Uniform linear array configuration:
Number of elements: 16
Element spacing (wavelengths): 0.25
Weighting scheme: hann
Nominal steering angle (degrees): -15
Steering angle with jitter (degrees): -16.01
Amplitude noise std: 0.05
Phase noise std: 0.05

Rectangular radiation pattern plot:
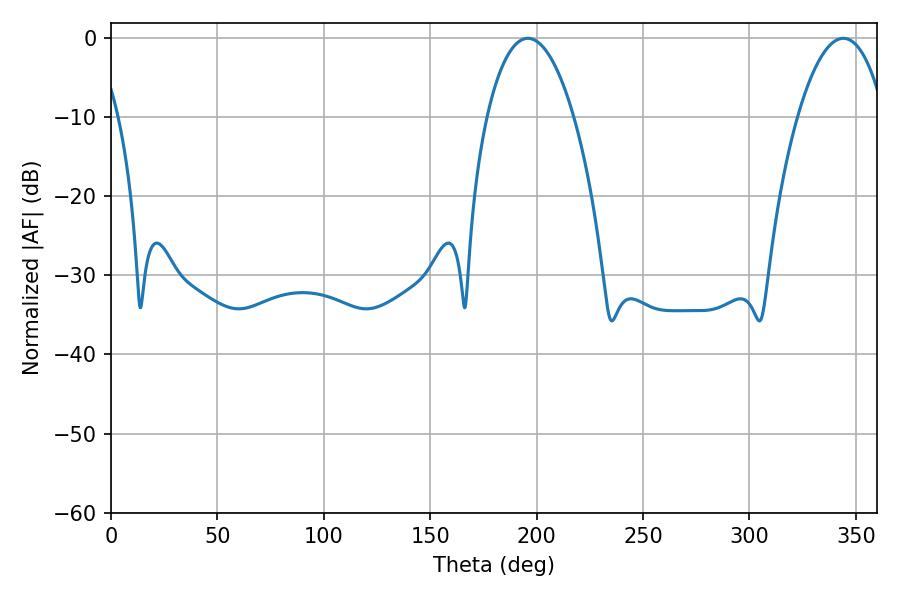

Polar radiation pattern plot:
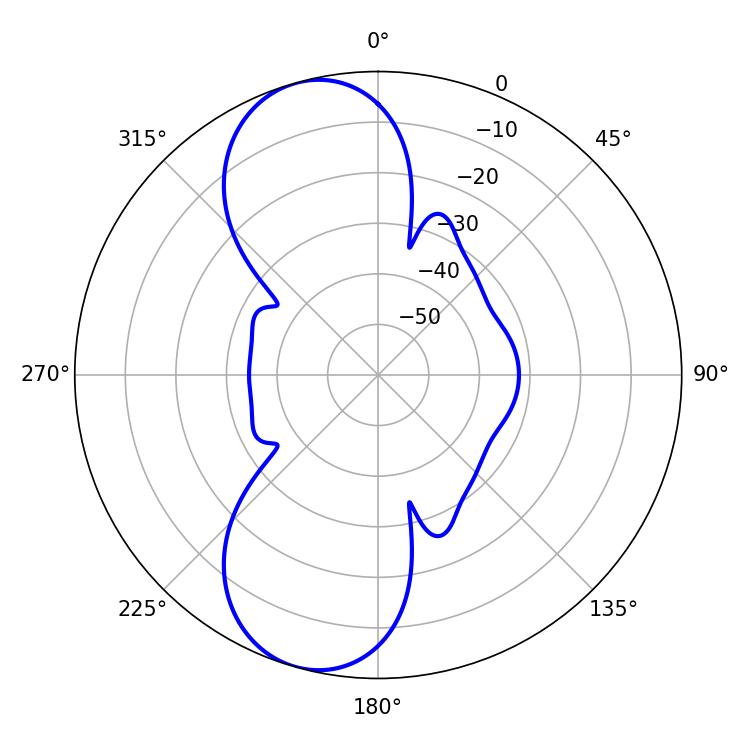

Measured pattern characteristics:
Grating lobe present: FALSE
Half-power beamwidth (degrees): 22.86
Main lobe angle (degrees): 195.84